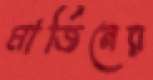
মার্জিনের